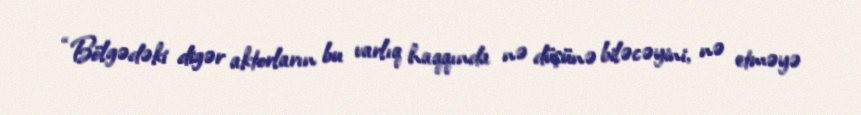
“Bölgədəki digər aktorların bu varlıq haqqında nə düşünə biləcəyini, nə etməyə